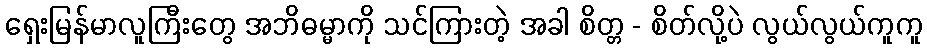
ရှေးမြန်မာလူကြီးတွေ အဘိဓမ္မာကို သင်ကြားတဲ့ အခါ စိတ္တ - စိတ်လို့ပဲ လွယ်လွယ်ကူကူ